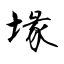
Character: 堟